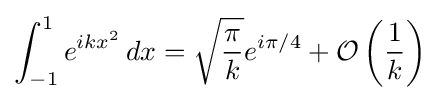
\int _{-1}^{1}e^{ikx^{2}}\,dx={\sqrt {\frac {\pi }{k}}}e^{i\pi /4}+{\mathcal {O}}{\mathopen {}}\left({\frac {1}{k}}\right){\mathclose {}}